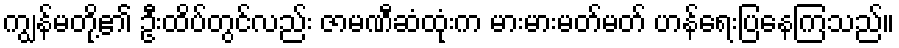
ကျွန်မတို့၏ ဦးထိပ်တွင်လည်း ဇာမဏီဆံထုံးက မားမားမတ်မတ် ဟန်ရေးပြနေကြသည်။